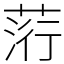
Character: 䓷